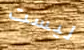
ليست